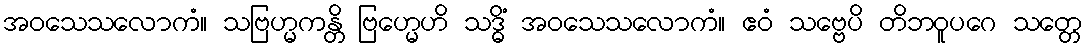
အဝသေသလောကံ။ သဗြဟ္မကန္တိ ဗြဟ္မေဟိ သဒ္ဓိံ အဝသေသလောကံ။ ဧဝံ သဗ္ဗေပိ တိဘဝူပဂေ သတ္တေ